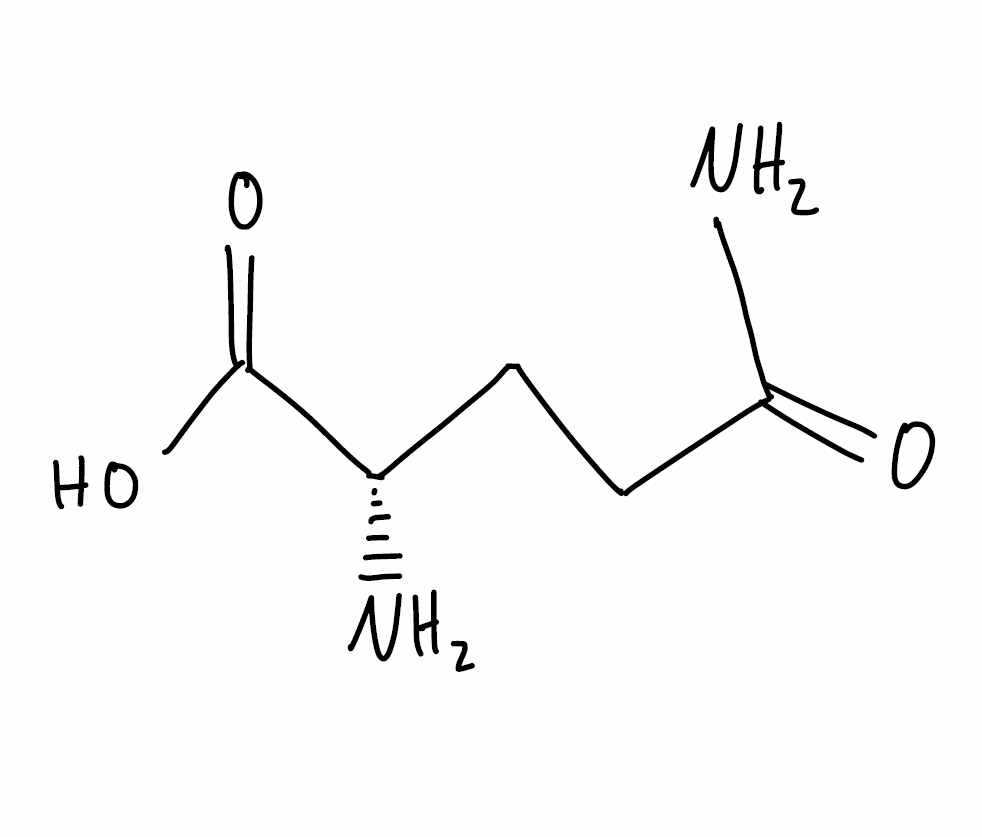
Simplified molecular-input line-entry system (SMILES) notation of the given molecule:
C(CC(=O)N)[C@@H](C(=O)O)N